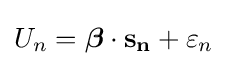
U_{n}={\boldsymbol {\beta }}\cdot \mathbf {s_{n}} +\varepsilon _{n}